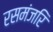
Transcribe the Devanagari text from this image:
रसमंजरि